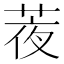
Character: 𦲹